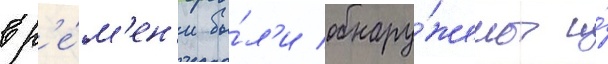
вр'е́м'ен'и бы́л'и обнару́жены и́